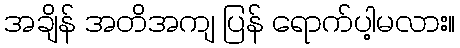
အချိန် အတိအကျ ပြန် ရောက်ပါ့မလား။